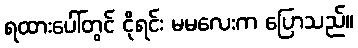
ရထားပေါ်တွင် ငိုရင်း မမလေးက ပြောသည်။